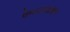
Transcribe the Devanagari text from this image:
ऐमन्टाडाइन